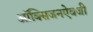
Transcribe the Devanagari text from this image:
ऑक्सिजनऐवजी